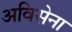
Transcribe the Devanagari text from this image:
अविसेना